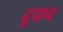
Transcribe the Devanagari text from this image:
दूधच